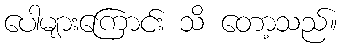
ပေါများကြောင်း သိ တော့သည်။